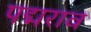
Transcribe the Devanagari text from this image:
पद्मराव